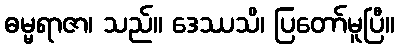
ဓမ္မရာဇာ၊ သည်။ ဒေဿသိ၊ ပြတော်မူပြီ။